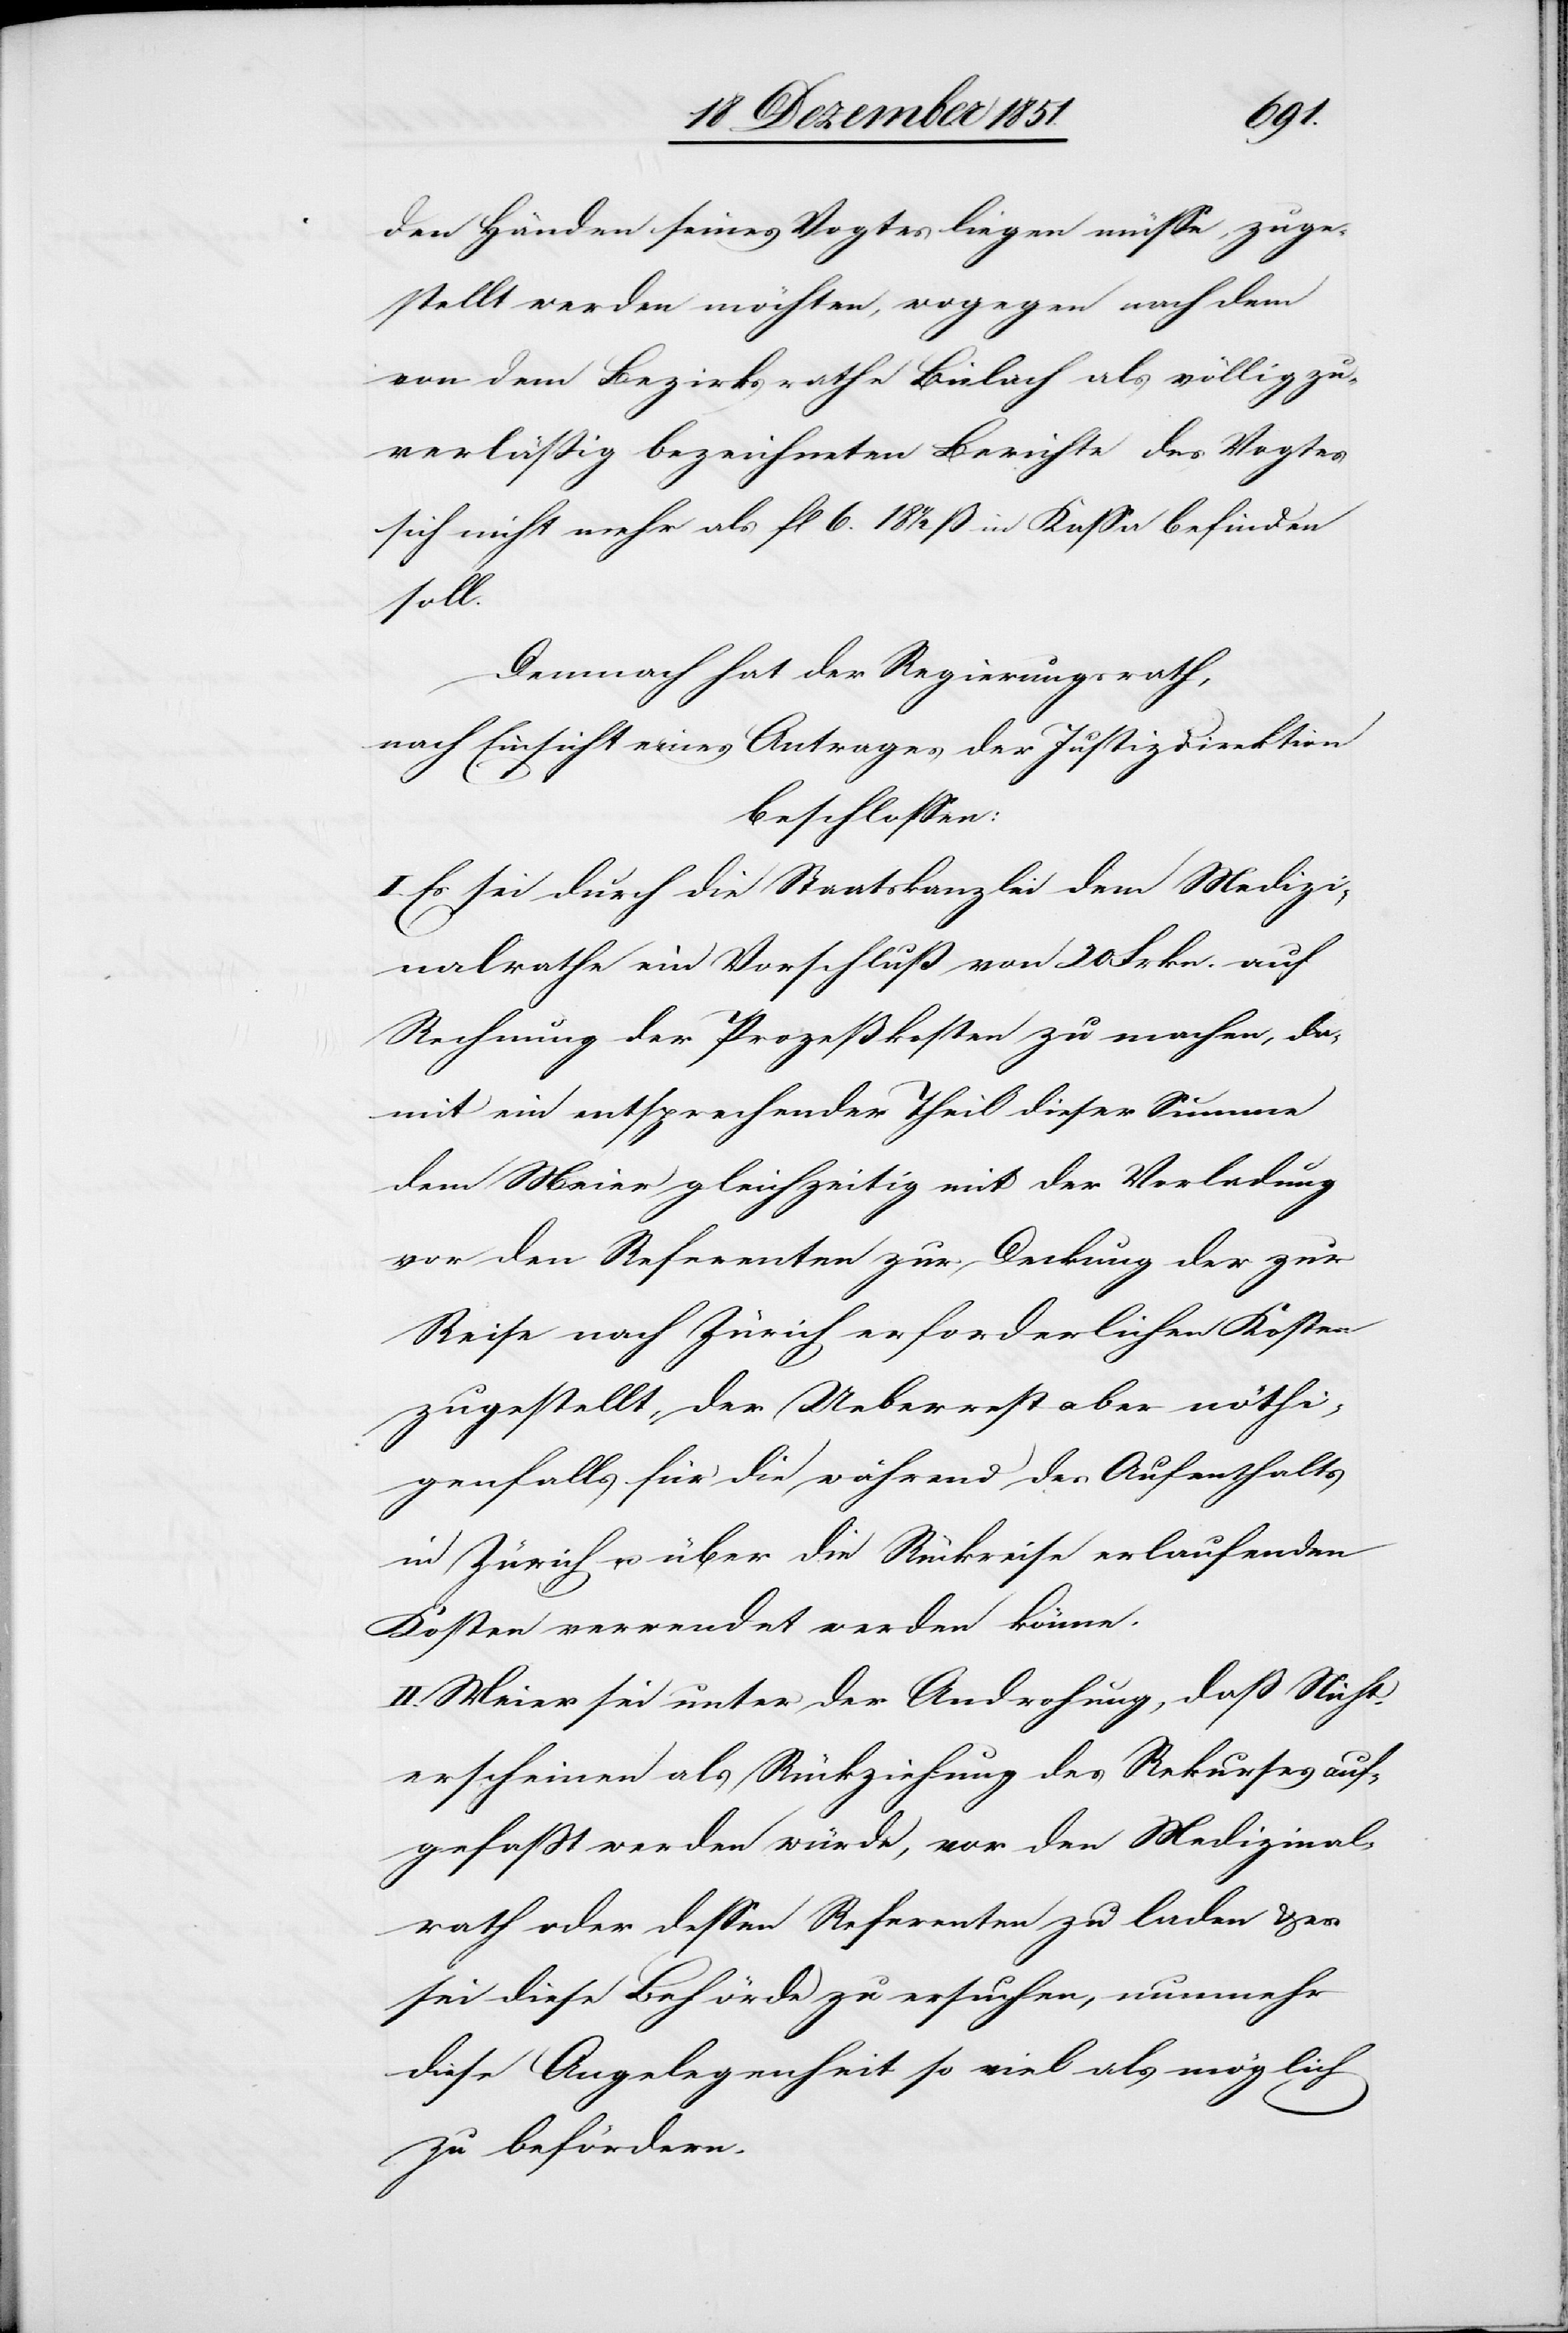
den Händen seines Vogtes liegen müsse, zuge¬
stellt werden möchten, wogegen nach dem
von dem Bezirksrathe Bülach als völlig zu¬
verläßig bezeichneten Berichte des Vogtes
sich nicht mehr als fl 6. 18 1/2 ß in Kassa befinden
soll.
Demnach hat der Regierungsrath,
nach Einsicht eines Antrages der Justizdirektion
beschlossen:
I. Es sei durch die Staatskanzlei dem Medizi¬
nalrathe ein Vorschluß [recte: Vorschuß]
Rechnung der Prozeßkosten zu machen, da¬
mit ein entsprechender Theil dieser Summe
dem Meier gleichzeitig mit der Vorladung
vor den Referenten zur Deckung der zur
Reise nach Zürich erforderlichen Kosten
zugestellt, der Ueberrest aber nöthi¬
genfalls für die während des Aufenthalts
in Zürich u. über die Rückreise erlaufenden
Kosten verwendet werden könne.
II. Meier sei unter der Androhung, daß Nicht¬
erscheinen als Rückziehung des Rekurses auf¬
gefaßt werden würde, vor den Medizinal¬
rath oder dessen Referenten zu laden & es
sei diese Behörde zu ersuchen, nunmehr
diese Angelegenheit so viel als möglich
zu befördern.